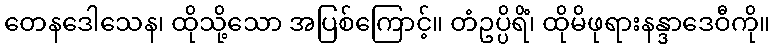
တေနဒေါသေန၊ ထိုသို့သော အပြစ်ကြောင့်။ တံဥပ္ပိရိံ၊ ထိုမိဖုရားနန္ဒာဒေဝီကို။